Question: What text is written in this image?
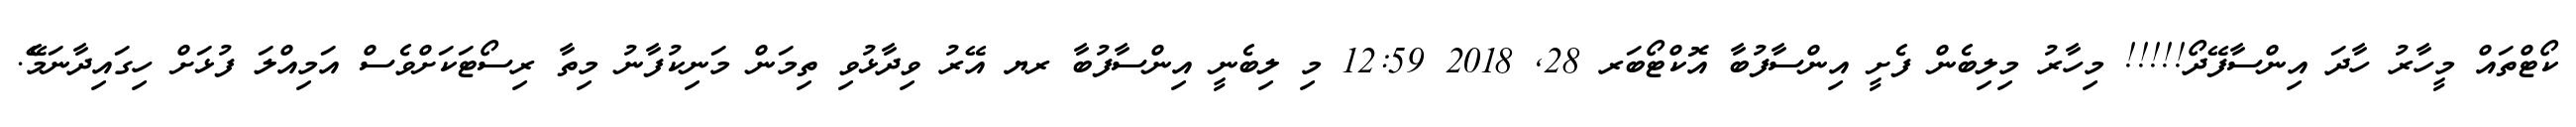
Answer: ކޯޓްތައް މީހާރު ހާދަ އިންސާފޭދޯ!!!!! މިހާރު މިލިބެން ފެށީ އިންސާފުބާ އޮކްޓޯބަރ 28, 2018 12:59 މި ލިބެނީ އިންސާފުބާ ރޔ އޭރު ވިދާޅުވި ތިމަން މަނިކުފާނު މިތާ ރިސޯޓަކަށްވެސް އަމިއްލަ ފުޅަށް ހިގައިދާނަމެޭ.